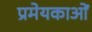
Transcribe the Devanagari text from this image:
प्रमेयकाओं